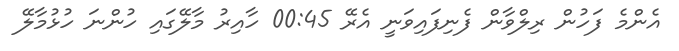
އެންމެ ފަހުން ރިލްވާން ފެނިފައިވަނީ އެރޭ 00:45 ހާއިރު މާލޭގައި ހުންނަ ހުޅުމާލޭ